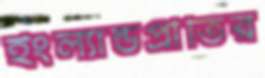
ইংল্যান্ডপ্রীতির